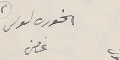
الخوري ىولس غصن